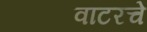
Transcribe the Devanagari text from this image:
वाटरचे